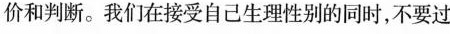
价和判断。我们在接受自己生理性别的同时，不要过